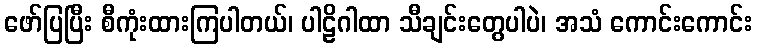
ဖော်ပြပြီး စီကုံးထားကြပါတယ်၊ ပါဠိဂါထာ သီချင်းတွေပါပဲ၊ အသံ ကောင်းကောင်း